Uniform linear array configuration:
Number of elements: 12
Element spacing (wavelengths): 0.75
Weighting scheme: hann
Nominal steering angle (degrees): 30
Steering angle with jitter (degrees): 30.124
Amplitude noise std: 0.05
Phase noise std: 0.05

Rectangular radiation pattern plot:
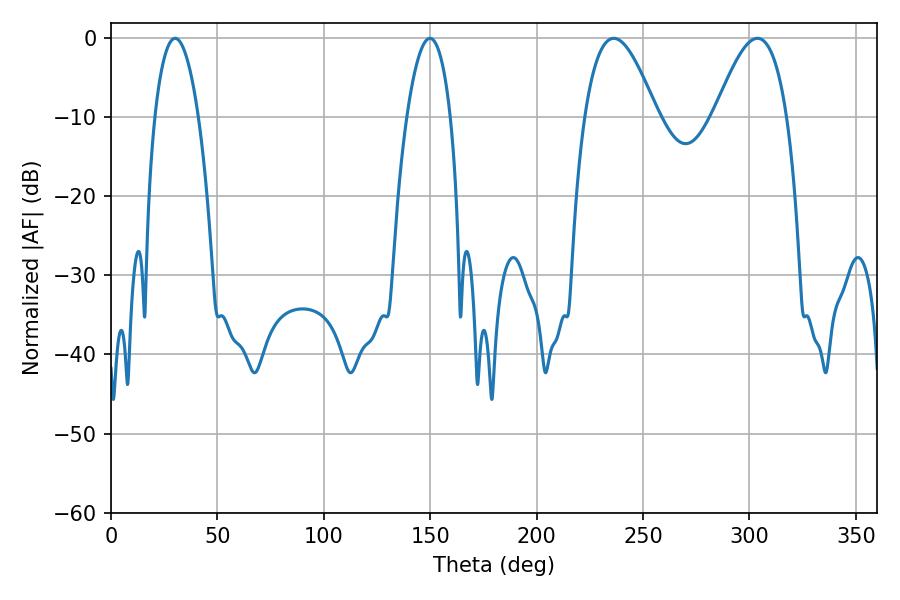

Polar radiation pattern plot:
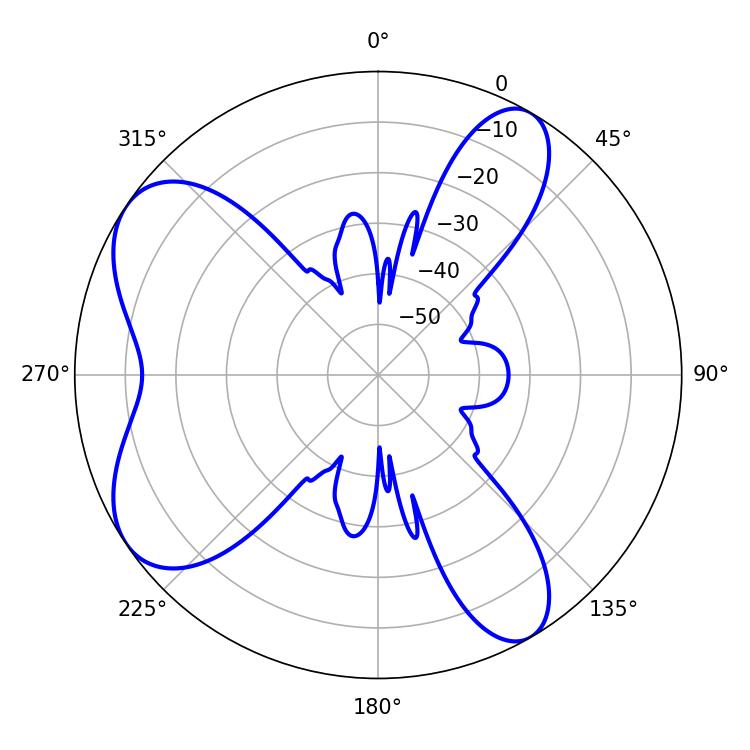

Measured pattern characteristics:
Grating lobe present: TRUE
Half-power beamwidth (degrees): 18.54
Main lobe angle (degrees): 236.16